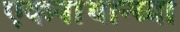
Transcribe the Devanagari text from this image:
एकनाथान्च्या